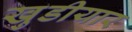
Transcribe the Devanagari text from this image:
खुडीयार